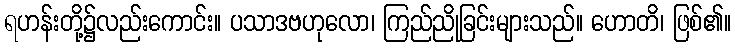
ရဟန်းတို့၌လည်းကောင်း။ ပသာဒဗဟုလော၊ ကြည်ညိုခြင်းများသည်။ ဟောတိ၊ ဖြစ်၏။